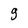
Character: g